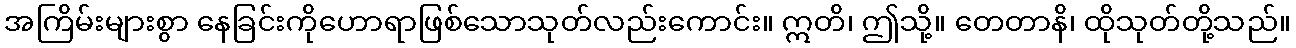
အကြိမ်းများစွာ နေခြင်းကိုဟောရာဖြစ်သောသုတ်လည်းကောင်း။ ဣတိ၊ ဤသို့။ တေတာနိ၊ ထိုသုတ်တို့သည်။